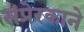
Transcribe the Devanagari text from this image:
संप्रेरकाने